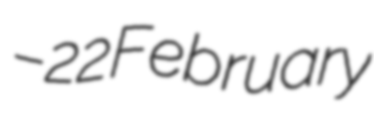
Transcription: – 22 February